Annual report of the Civil Veterinary Department, Bengal, for the year 1897-98 - 1897-1898
Year: 1897
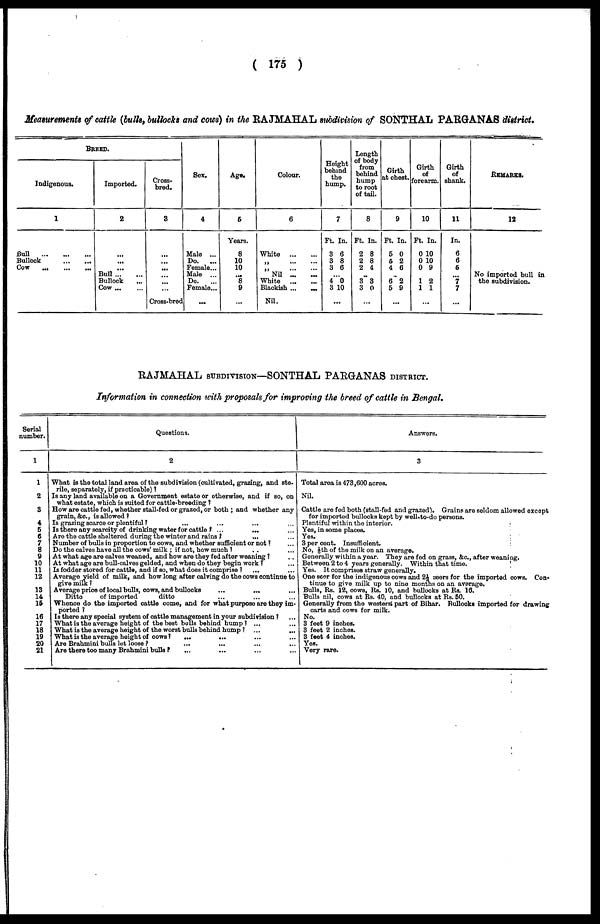
( 175 )
Measurements of cattle (bulls, bullocks and cows) in the RAJMAHAL subdivision of SONTHAL PARGANAS district.
BREED.
Indigenous.
1
Bull
Bullock
Cow ... ... ...
Imported.
2
...
....
...
Bull
Bullock ...
Cow
Cross-
bred.
3
...
...
...
...
...
...
Cross-bred
Sex.
4
Male ...
Do. ...
Female...
Male ...
Do.
...
Female ...
Age.
5
Years.
8
10
10
...
8
9
...
Colour.
6
White
„ ... ....
„ ... ...
Nil
...
...
White
...
...
Blackish ...
...
Nil.
Height
behind
the
hump.
7
Ft. In.
3 6
3 8
3 6
...
4 0
3 10
...
Length
of body
from
behind
hump
to root
of tail.
8
Ft. In.
2 8
2 8
2 4
...
3 3
3 0
...
Girth
at chest.
9
Ft. In.
5 0
5 2
4 6
...
6 2
5 9
...
Girth
of
forearm.
10
Ft. In.
0 10
0 10
0 9
1 2
1 1
...
Girth
of
shank.
11
In.
6
6
5
...
7
7
...
REMARKS.
12
No imported bull in
the subdivision.
RAJMAHAL SUBDIVISION—SONTHAL PARGANAS DISTRICT.
Information in connection with proposals for improving the breed of cattle in Bengal.
Serial
number.
1
1
2
3
4
5
6
7
8
9
10
11
12
13
14
15
16
17
18
19
20
21
Questions.
2
What is the total land area of the subdivision (cultivated, grazing, and ste-
rile, separately, if practicable) ?
Is any land available on a Government estate or otherwise, and if so, on
what estate, which is suited for cattle-breeding ?
How are cattle fed, whether stall-fed or grazed, or both ; and whether any
grain, &c., is allowed ?
Is grazing scarce or plentiful ? ... ... ... ...
Is there any scarcity of drinking water for cattle ? ...
... ...
Are the cattle sheltered during the winter and rains ?
Number of bulls in proportion to cows, and whether sufficient or not ? ...
Do the calves have all the cows' milk ; if not, how much ? ... ...
At what age are calves weaned, and how are they fed after weaning ? ...
At what age are bull-calves gelded, and when do they begin work ? ...
Is fodder stored for cattle, and if so, what does it comprise ? ... ...
Average yield of milk, and how long after calving do the cows continue to
give milk ?
Average price of local bulls, cows, and bullocks ... .... ...
Ditto
of imported
ditto ... .... ...
Whence do the imported cattle come, and for what purpose are they im-
ported ?
Is there any special system of cattle management in your subdivision ? ...
What is the average height of the best bolls behind hump ? ... ...
What is the average height of the worst bulls behind hump ?
...
...
What is the average height of cows ? ... ... ... ...
Are Brahmini bulls let loose ? ... ... ... ...
Are there too many Brahmini bulls ? ... ... ... ...
Answers.
3
Total area is 473,600 acres.
Nil.
Cattle are fed both (stall-fed and grazed). Grains are seldom allowed except
for imported bullocks kept by well-to-do persons.
Plentiful within the interior.
Yes, in some places.
Yes.
3 per cent. Insufficient.
No, 1/6th of the milk on an average.
Generally within a year. They are fed on grass, &c., after weaning.
Between 2 to 4 years generally. Within that time.
Yes. It comprises straw generally.
One seer for the indigenous cows and 2½ seers for the imported cows. Con-
tinue to give milk up to nine months on an average.
Bulls, Rs. 12, cows, Rs. 10, and bullocks at Rs. 16.
Bulls nil, cows at Rs. 40, and bullocks at Rs. 50.
Generally from the western part of Bihar. Bullocks imported for drawing
carts and cows for milk.
No.
3 feet 9 inches.
3 feet 2 inches.
3 feet 4 inches.
Yes.
Very rare.